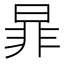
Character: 暃